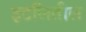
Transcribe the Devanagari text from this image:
इटलितील